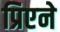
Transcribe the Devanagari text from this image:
प्रिएने